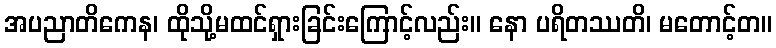
အပညာတိကေန၊ ထိုသို့မထင်ရှားခြင်းကြောင့်လည်း။ နော ပရိတဿတိ၊ မတောင့်တ။